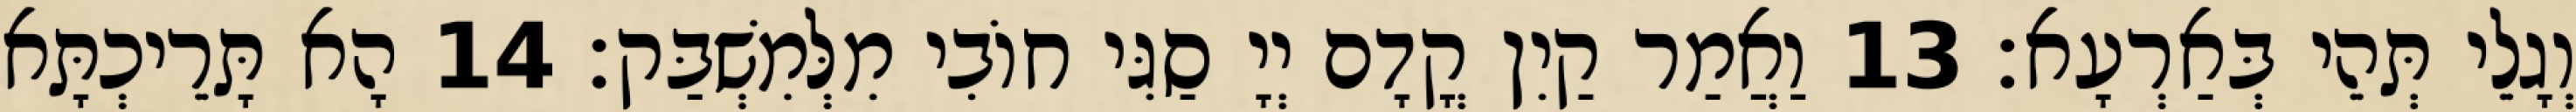
וְגָלֵי תְּהֵי בְּאַרְעָא׃ 13 וַאֲמַר קַיִן קֳדָם יְיָ סַגִּי חוֹבִי מִלְּמִשְׁבַּק׃ 14 הָא תָּרֵיכְתָּא